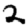
Digit: 2